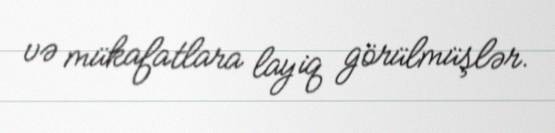
və mükafatlara layiq görülmüşlər.